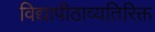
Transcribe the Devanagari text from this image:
विद्यापीठाव्यतिरिक्त